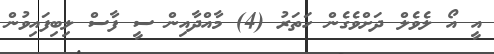
އީ އޯ ލެވެލް ދަށްވެގެން ހަތަރު (4) މާއްދާއިން ސީ ފާސް ލިބިފައިވުން